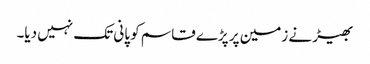
بھیڑ نے زمین پر پڑے قاسم کو پانی تک نہیں دیا۔